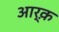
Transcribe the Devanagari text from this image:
आर्क़